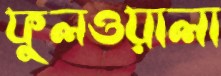
ফুলওয়ালা